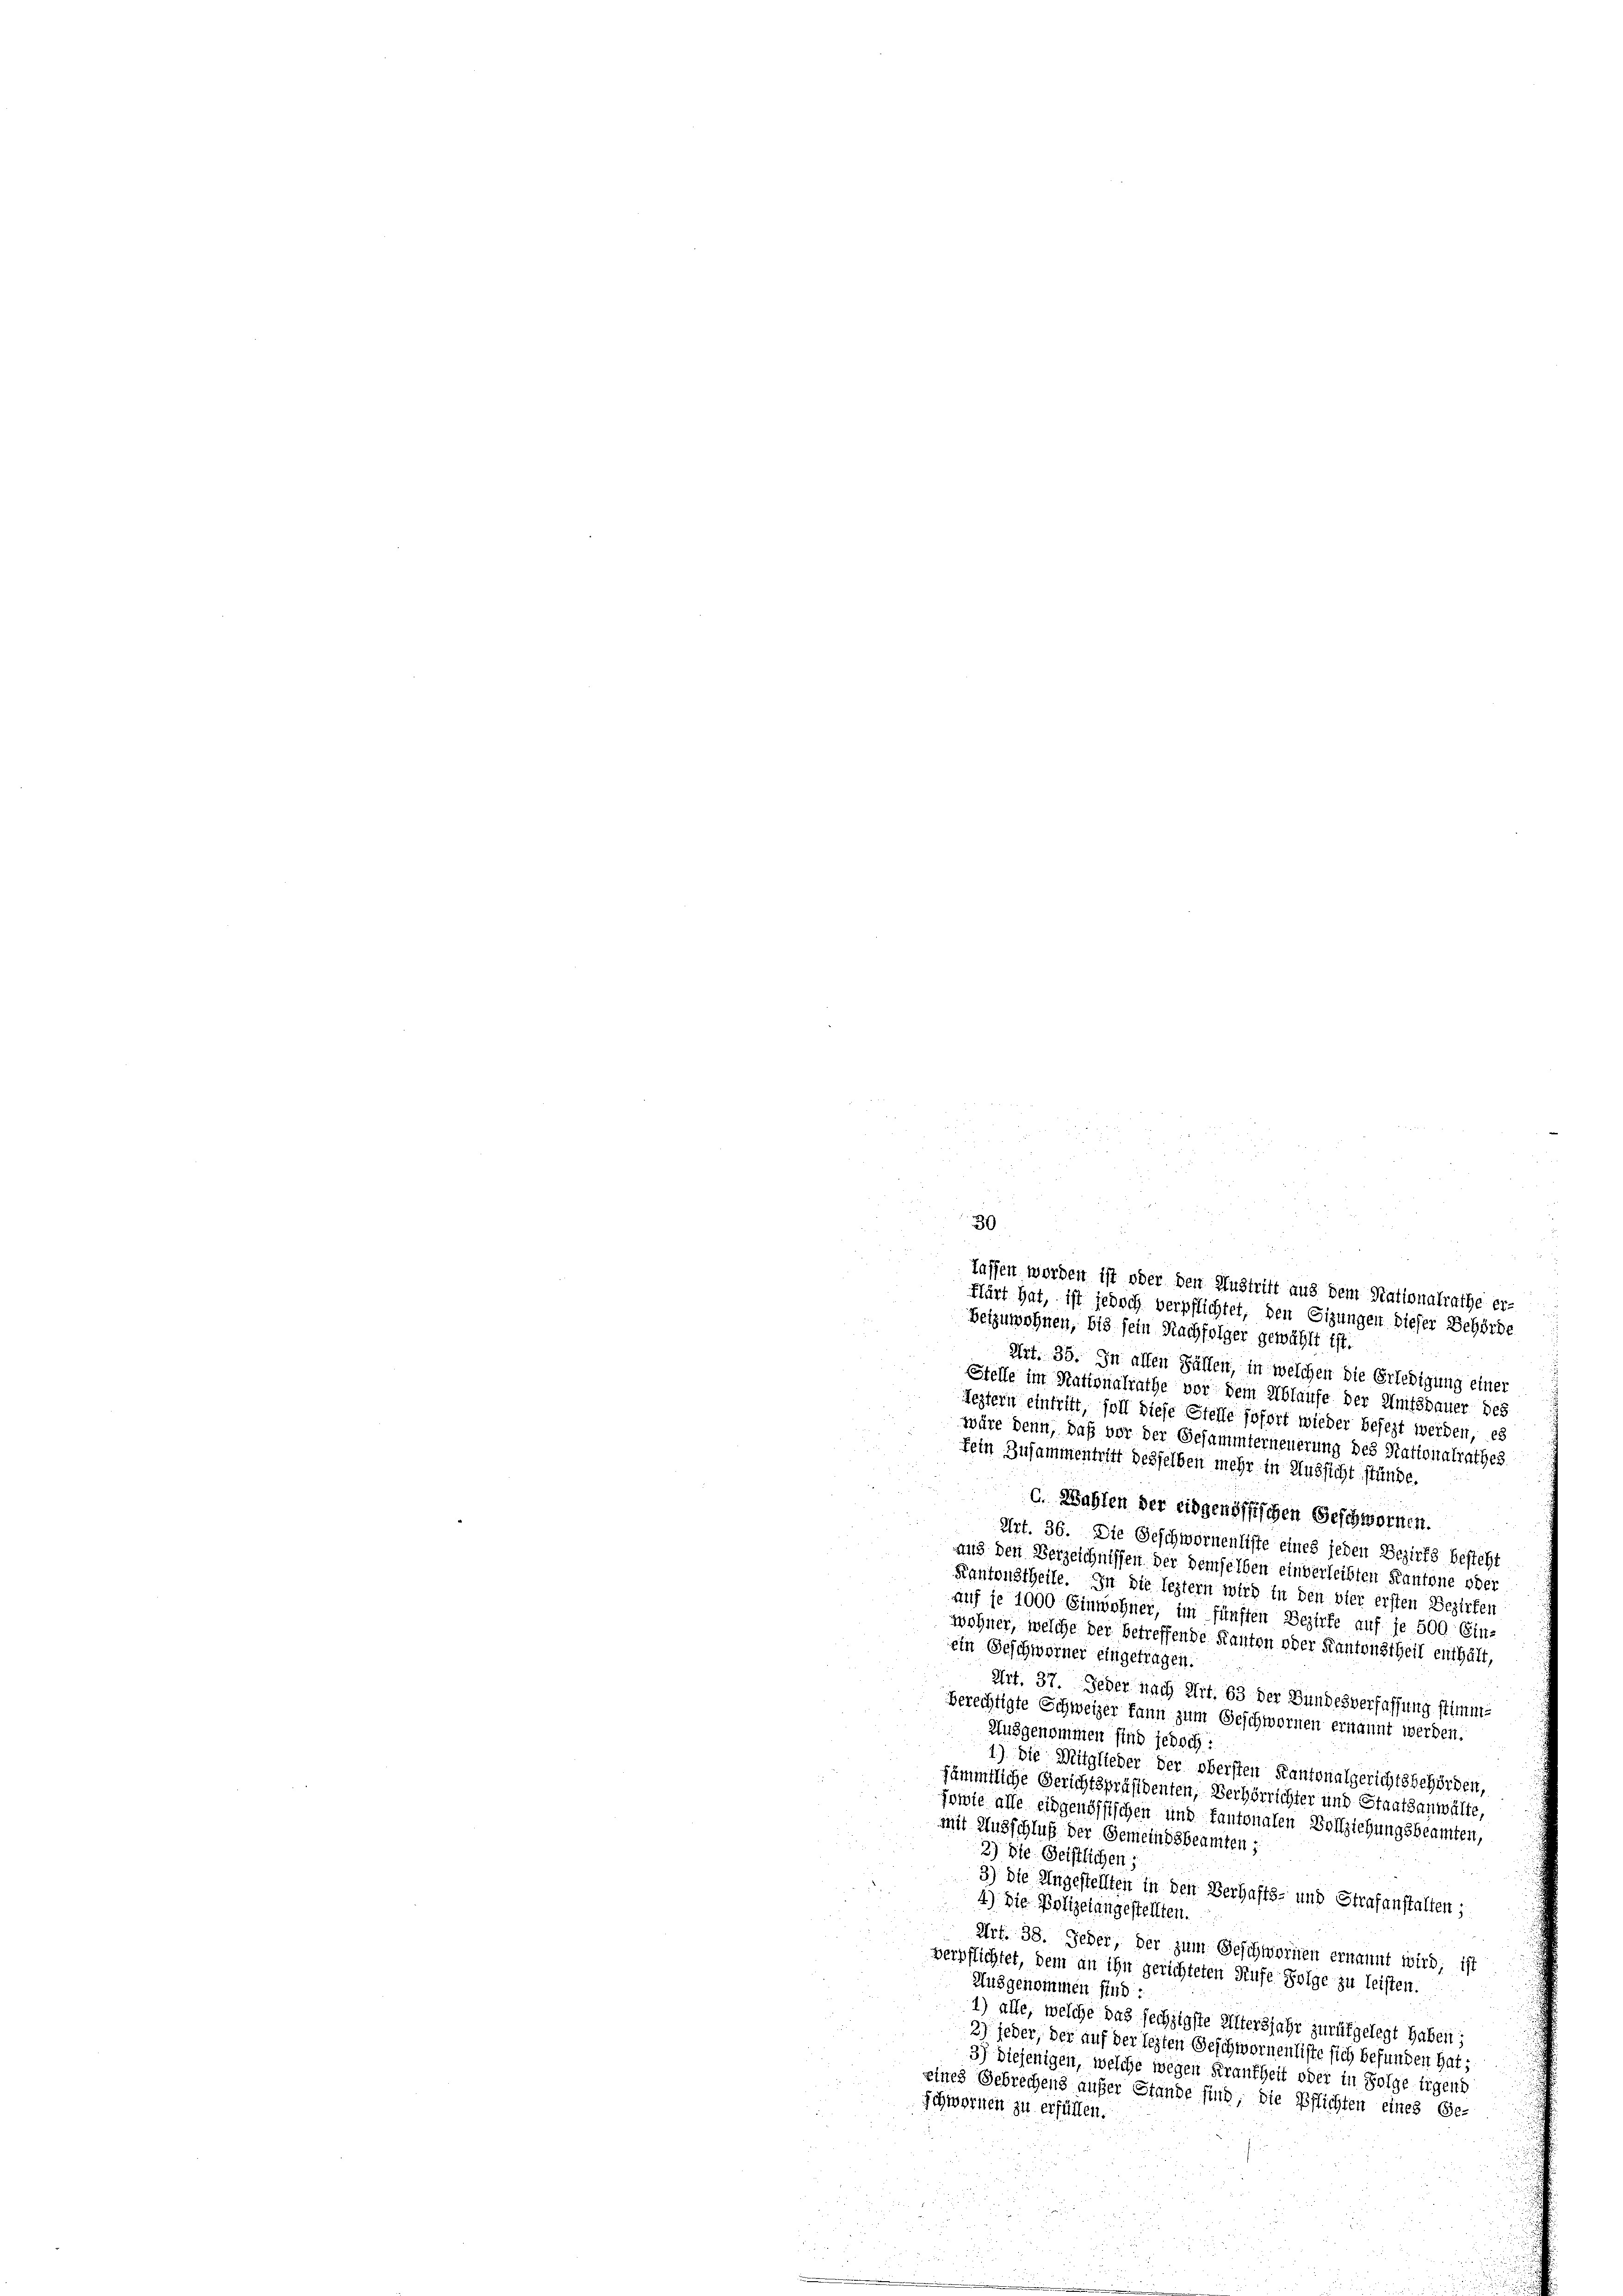
beizuwohnen, bis sein Nachfolger gewählt ist.
Art. 35. In allen Fällen, in welchen die Erledigung einer
Stelle im Nationalrathe vor dem Ablaufe der Amtsdauer des
Leztern eintritt, soll diese Stelle sofort wieder besezt werden, es
wäre denn, daß vor der Gesammterneuerung des Nationalrathes
fein Zusammentritt desselben mehr in Aussicht stünde.
c. Wahlen der eidgenössischen Geschwornen.
Urt. 36. Die Geschwornenliste eines jeden Bezirks besteht
und den Verzeichnissen der demselben einverleibten Kantone oder
Kantonstheile. In die leztern wird in den vier ersten Bezirken
auf je 1000 Einwohner, im fünften Bezirke auf je 500 Ein-
wohner, welche der betreffende Kanton oder Kantonstheil enthält,
ein Geschworner eingetragen.
Art. 37. Jeder nach Art. 63 der Bundesverfassung stimme
berechtigte Schweizer kann zum Geschwornen ernannt werden.
Ausgenommen sind jedoch:
1) Die Mitglieder der obersten Kantonalgerichtsbehörden,
sämmtliche Gerichtspräsidenten, Verhörrichter und Staatsanwälte,
sowie alle eidgenössischen und kantonalen Vollziehungsbeamten,
mit Ausschluß der Gemeindsbeamten;
2) die Geistlichen:
3) Die Angestellten in den Verhafts- und Strafanstalten;
4) Die Polizeiangestellten.
Art. 38. Jeder, der zum Geschwornen ernannt wird; ist
verpflichtet, dem an ihn gerichteten Rufe Folge zu leisten.
Ausgenommen sind:
1) alle, welche das sechzigste Altersjahr zurükgelegt haben;
2) jeder, der auf der lezten Geschwornenliste sich befunden hat;
3) Diejenigen, welche wegen Frankheit oder in Folge irgend
eines Gebrechens außer Stande sind, die Pflichten eines Ge-
schwornen zu erfüllen.

30
taffen worden ist oder den Austritt aus dem Rationalrathe er-
flärt hat, ist jedoch verpflichtet, den Sitzungen dieser Behörde